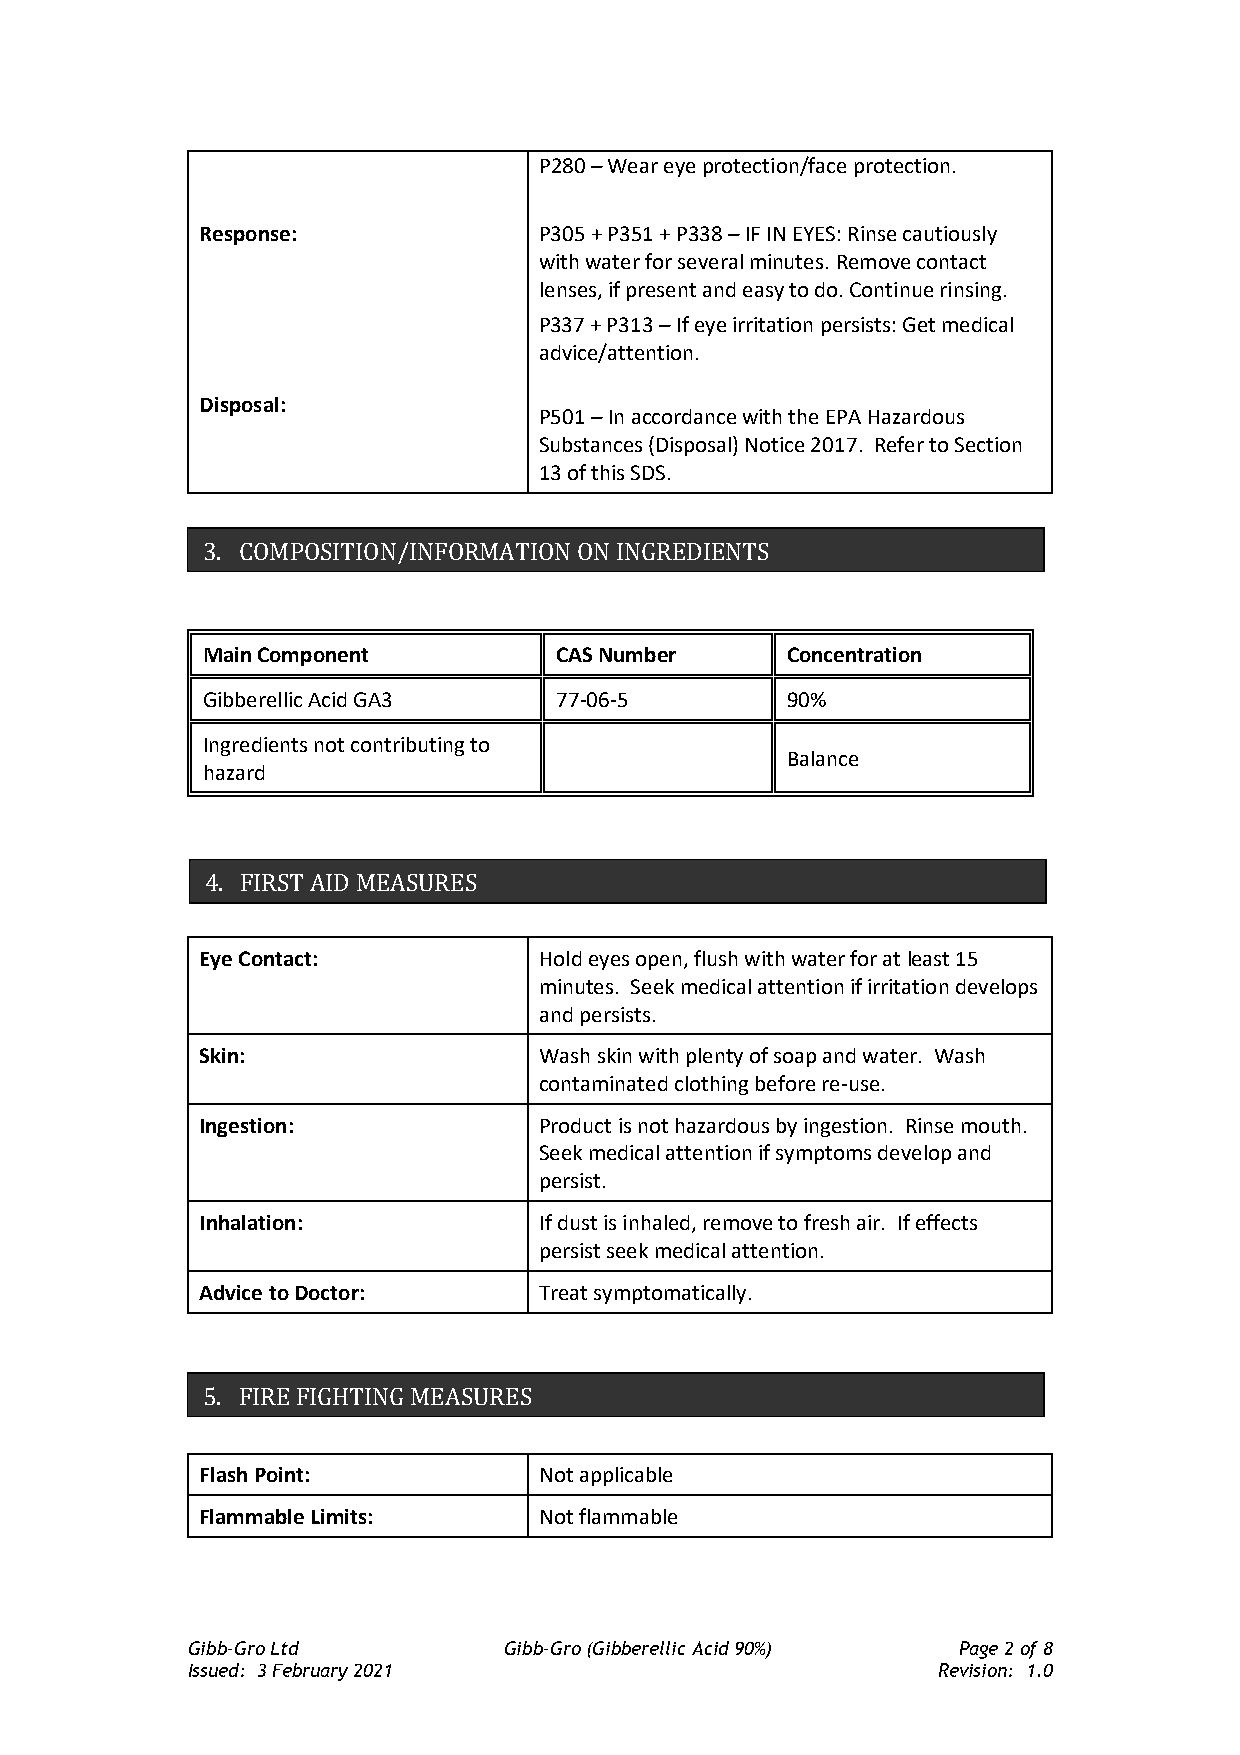
P280 – Wear eye protection/face protection.
 Response:              P305 + P351 + P338 – IF IN EYES: Rinse cautiously
 with water for several minutes. Remove contact
 lenses, if present and easy to do. Continue rinsing.
 P337 + P313 – If eye irritation persists: Get medical
 advice/attention.
 Disposal:
 P501 – In accordance with the EPA Hazardous
 Substances (Disposal) Notice 2017. Refer to Section
 13 of this SDS.
 3. COMPOSITION/INFORMATION ON INGREDIENTS
 Main Component          CAS Number     Concentration
 Gibberellic Acid GA3    77-06-5        90%
 Ingredients not contributing to
 Balance
 hazard
 4. FIRST AID MEASURES
 Eye Contact:           Hold eyes open, flush with water for at least 15
 minutes. Seek medical attention if irritation develops
 and persists.
 Skin:                  Wash skin with plenty of soap and water. Wash
 contaminated clothing before re-use.
 Ingestion:             Product is not hazardous by ingestion. Rinse mouth.
 Seek medical attention if symptoms develop and
 persist.
 Inhalation:            If dust is inhaled, remove to fresh air. If effects
 persist seek medical attention.
 Advice to Doctor:      Treat symptomatically.
 5. FIRE FIGHTING MEASURES
 Flash Point:           Not applicable
 Flammable Limits:      Not flammable
 Gibb-Gro Ltd         Gibb-Gro (Gibberellic Acid 90%) Page 2 of 8
 Issued: 3 February 2021                           Revision: 1.0